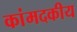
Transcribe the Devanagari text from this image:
कांमदकीय